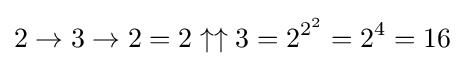
2\rightarrow 3\rightarrow 2=2\uparrow \uparrow 3=2^{2^{2}}=2^{4}=16